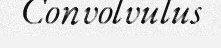
Convolvulus